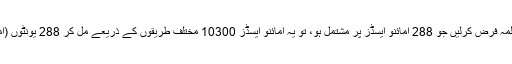
اب اگر ہم اوسط جسامت والا کوئی پروٹینی سالمہ فرض کرلیں جو 288 امائنو ایسڈز پر مشتمل ہو، تو یہ امائنو ایسڈز 10300 مختلف طریقوں کے ذریعے مل کر 288 یونٹوں (امائنو ایسڈز) والی پروٹینی زنجیر بناسکتے ہیں۔